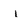
Character: i